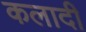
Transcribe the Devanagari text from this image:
कलादी